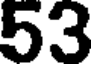
53